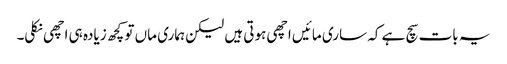
یہ بات سچ ہے کہ ساری مائیں اچھی ہوتی ہیں لیکن ہماری ماں تو کچھ زیادہ ہی اچھی نکلی۔